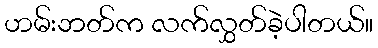
ဟမ်းဘတ်က လက်လွှတ်ခဲ့ပါတယ်။